Sketch of the medical history of the native army of Bombay, for the year
Year: 1875
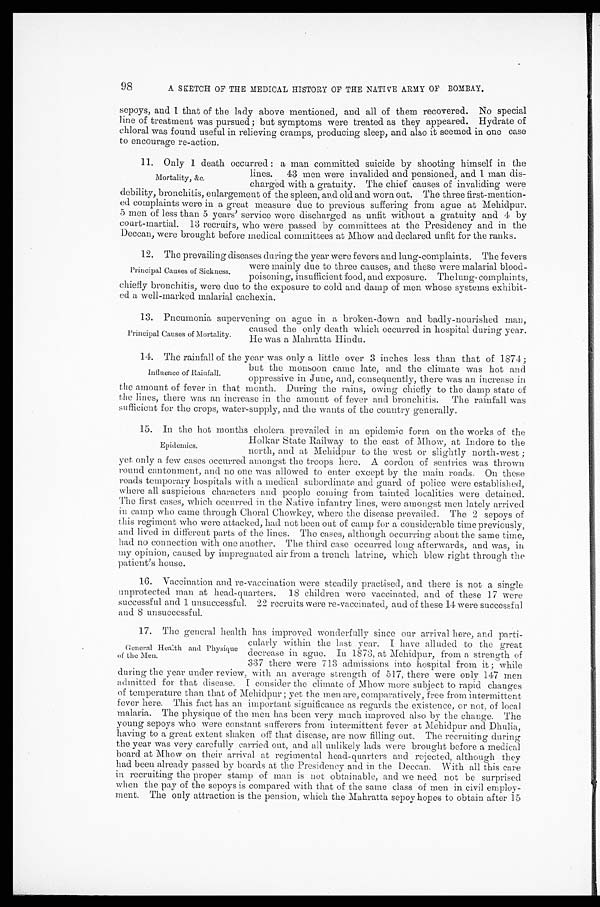
98
A SKETCH OF THE MEDICAL HISTORY OF THE NATIVE ARMY OF BOMBAY.
sepoys, and 1 that of the lady above mentioned, and all of them recovered. No special
line of treatment was pursued; but symptoms were treated as they appeared. Hydrate of
chloral was found useful in relieving cramps, producing sleep, and also it seemed in one case
to encourage re-action.
11. Only 1 death occurred: a man committed suicide by shooting himself in the
lines. 43 men were invalided and pensioned, and 1 man dis
-
charged with a gratuity. The chief causes of invaliding were
debility, bronchitis, enlargement of the spleen, and old and worn out. The three first-mention
-ed complaints were in a great measure due to previous suffering from ague at Mehidpur.
5 men of less than 5 years' service were discharged as unfit without a gratuity and 4 by
court-martial. 13 recruits, who were passed by committees at the Presidency and in the
Deccan, were brought before medical committees at Mhow and declared unfit for the ranks.
1 2 . T h e p r e v a i l i n g d i s e a s e s d u r i n g t h e y e a r w e r e f e v e r s a n d l u n g - c o m p l a i n t s . T h e f e v e r s
were mainly due to three causes, and these were malarial blood
-poisoning, insufficient food, and exposure. Thelung complaints,
chiefly bronchitis, were due to the exposure to cold and damp of men whose systems exhibit
-
ed a well-marked malarial cachexia.
1 3 . P n e u m o n i a s u p e r v e n i n g o n a g u e i n a b r o k e n - d o w n a n d b a d l y - n o u r i s h e d m a n ,
caused the only death which occurred in hospital during year.
He was a Mahratta Hindu.
14. The rainfall of the year was only a little over 3 inches less than that of 1874;
but the monsoon came late, and the climate was hot and
oppressive in June, and, consequently, there was an increase in
the amount of fever in that month. During the rains, owing chiefly to the damp state of
the lines, there was an increase in the amount of fever and bronchitis. The rainfall was
sufficient for the crops, water-supply, and the wants of the country generally.
15. In the hot months cholera prevailed in an epidemic form on the works of the
Holkar State Railway to the east of Mhow, at Indore to the
north, and at Mehidpur to the west or slightly north-west;
yet only a few cases occurred amongst the troops here. A cordon of sentries was thrown
round cantonment, and no one was allowed to enter except by the main roads. On these
roads temporary hospitals with a medical subordinate and guard of police were established,
where all suspicious characters and people coming from tainted localities were detained.
The first cases, which occurred in the Native infantry lines, were amongst men lately arrived
in camp who came through Choral. Chowkey, where the disease prevailed. The 2 sepoys of
this regiment who were attacked, had not been out of camp for a considerable time previously,
and lived in different parts of the lines. The cases, although occurring about the same time,
had no connection with one another. The third case occurred long afterwards, and was, in
my opinion, caused by impregnated air from a trench latrine, which blew right through the
patient's house.
16. Vaccination and re-vaccination were steadily practised, and there is not a single
unprotected man at head-quarters. 18 children were vaccinated, and of these 17 were
successful and 1 unsuccessful. 22 recruits were re-vaccinated, and of these 14 were successful
and 8 unsuccessful.
17. The general health has improved wonderfully since our arrival here, and parti
-cularly within the last year. I have alluded to the great
decrease in ague. In 1873, at Mehidpur, from a strength of
337 there were 713 admissions into hospital from it; while
during the year under review, with an average strength of 517, there were only 147 men
admitted for that disease. I consider the climate of Mhow more subject to rapid changes
of temperature than that of Mehidpur; yet the men are, comparatively, free from intermittent
fever here. This fact has an important significance as regards the existence, or not, of local
malaria. The physique of the men has been very much improved also by the change. The
young sepoys who were constant sufferers from intermittent fever at Mehidpur and Dhulia,
having to a great extent shaken (off that disease, are now filling out. The recruiting during
the year was very carefully carried out, and all unlikely lads were brought before a medical
board at Mhow on their arrival at regimental head-quarters and rejected, although they
had been already passed by boards at the Presidency and in the Deccan. With all this care
in recruiting the proper stamp of man is not obtainable, and we need not be surprised
when the pay of the sepoys is compared with that of the same class of men in civil employ
- m e n t . T h e o n l y a t t r a c t i o n i s t h e p e n s i o n , w h i c h t h e M a h r a t t a s e p o y h o p e s t o o b t a i n a f t e r 1 5
Mortality, &c.
Principal Causes of Sickness.
Principal Causes of Mortality.
Influence of Rainfall.
Epidemics.
General Health and Physique
of the Men.